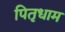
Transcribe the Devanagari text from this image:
पितृधाम